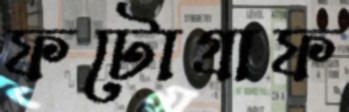
ফটোগ্রাফ